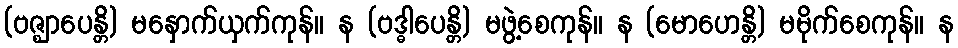
(ဗဇ္ဈာပေန္တိ) မနှောက်ယှက်ကုန်။ န (ဗဒ္ဓါပေန္တိ) မဖွဲ့စေကုန်။ န (မောဟေန္တိ) မမိုက်စေကုန်။ န